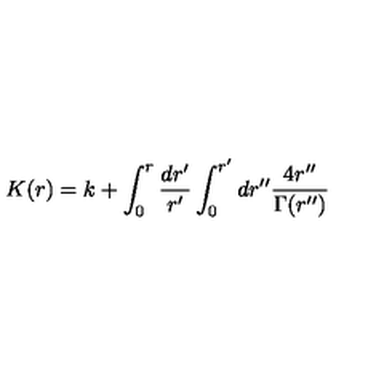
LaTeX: K ( r ) = k + \int _ { 0 } ^ { r } \frac { d r ^ { \prime } } { r ^ { \prime } } \int _ { 0 } ^ { r ^ { \prime } } d r ^ { \prime \prime } \frac { 4 r ^ { \prime \prime } } { \Gamma ( r ^ { \prime \prime } ) }